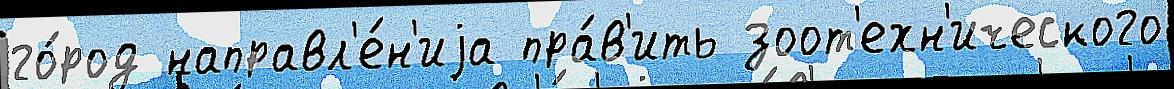
го́род направл'е́н'иjа пра́в'ить зоот'ехн'ического